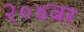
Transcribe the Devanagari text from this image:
२०४वर